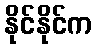
နိုင်နိုင်က